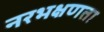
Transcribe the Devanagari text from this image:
नरभक्षणता